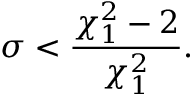
\sigma < \frac { \chi _ { 1 } ^ { 2 } - 2 } { \chi _ { 1 } ^ { 2 } } .